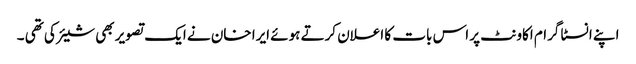
اپنے انسٹا گرام اکاونٹ پر اس بات کا اعلان کرتے ہوئے ایرا خان نے ایک تصویر بھی شیئر کی تھی ۔